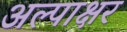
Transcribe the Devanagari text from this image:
अल्पाक्षर